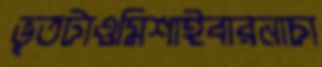
ভূতটাওমিশাইবারনাচা